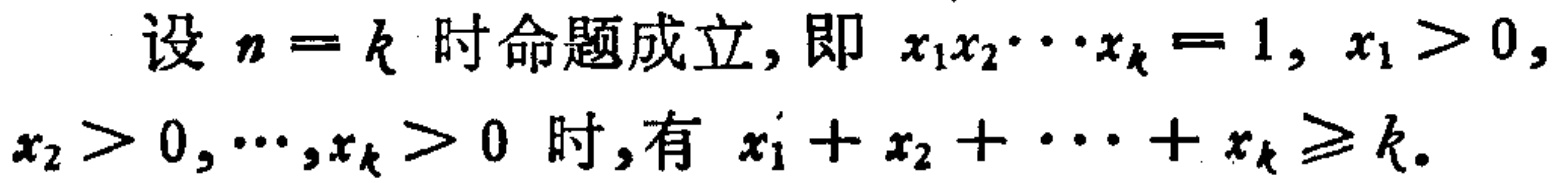
设 \(n = k\) 时命题成立, 即 \(x_{1}x_{2}\cdots x_{k}=1\), \(x_{1}>0\), \(x_{2}>0,\cdots,x_{k}>0\) 时, 有 \(x_{1}+x_{2}+\cdots +x_{k}\geq k\).